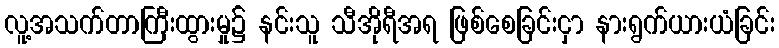
လူ့အသက်တာကြီးထွားမှု၌ နင်းသူ သီအိုရီအရ ဖြစ်စေခြင်းငှာ နားရွက်ယားယံခြင်း